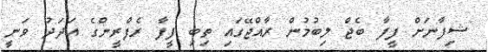
ޝިފާނަށް ފީފާ ބެޖް ލިބުމުން ރާއްޖޭގައި ތިބި ފީފާ ރެފްރީންގެ އަދަދު ވަނީ